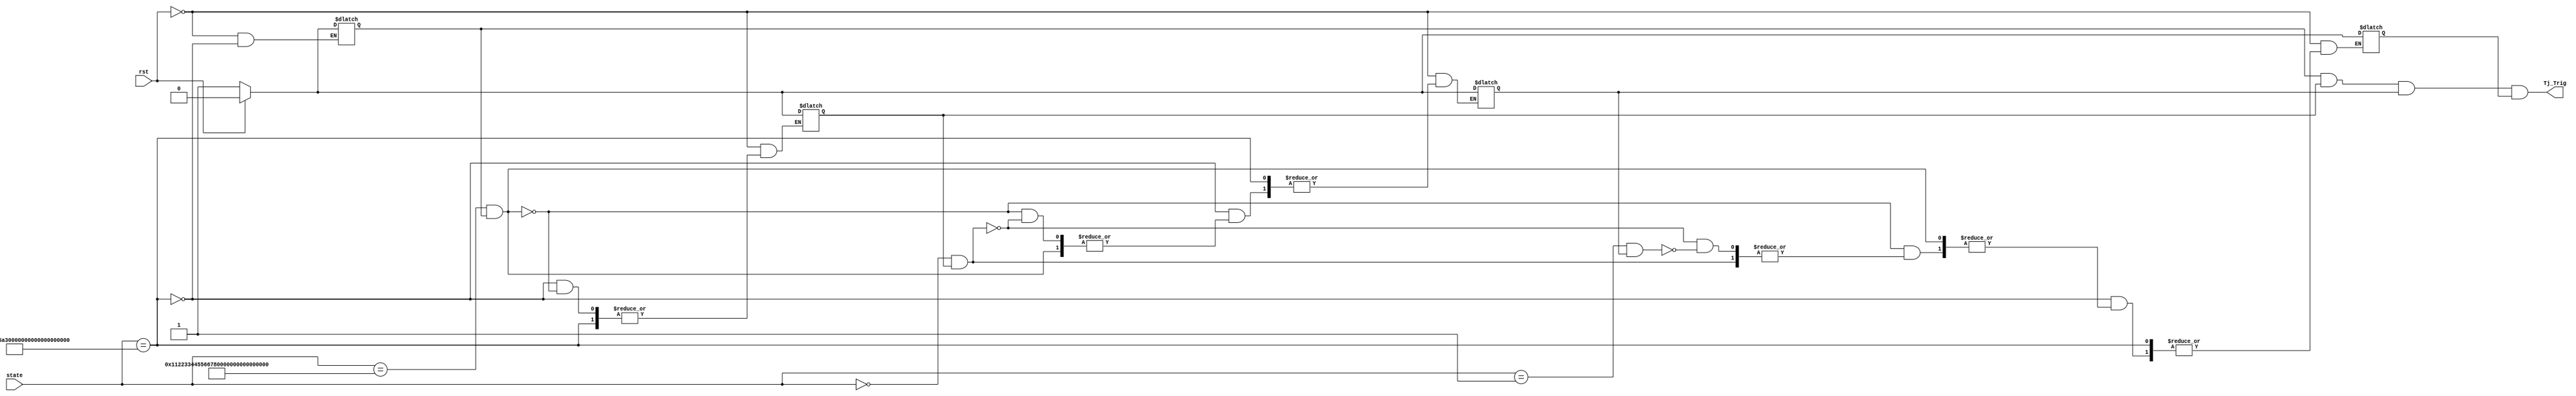
module Trojan_Trigger(
    input rst,
    input [127:0] state,
    output Tj_Trig
    );

	reg Tj_Trig;
	reg State0, State1, State2, State3;
	
	always @(rst, state)
	begin
		if (rst == 1) begin
			State0 <= 0;
			State1 <= 0;
			State2 <= 0;
			State3 <= 0; 
		end else if (state == 128'h3243f6a8_885a308d_313198a2_e0370734) begin
			State0 <= 1;
		end else if ((state == 128'h00112233_44556677_8899aabb_ccddeeff) && (State0 == 1)) begin
			State1 <= 1;
		end else if ((state == 128'h0) && (State1 == 1)) begin
			State2 <= 1;
		end else if ((state == 128'h1) && (State2 == 1)) begin
			State3 <= 1;
		end
	end

	always @(State0, State1, State2, State3)
	begin
		Tj_Trig <= State0 & State1 & State2 & State3;
	end

endmodule